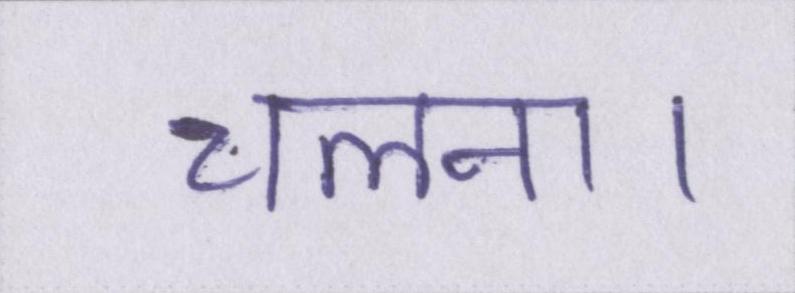
चलना।